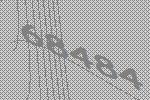
68484